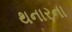
થનારના